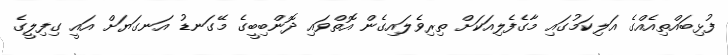
ފުޅިބައްތިއެއްގެ އަލިކަމުގައި މާގެފެލިއަކަށް ތިރިވެލައިގެން އޮތްވައި ދޮންބިބީގެ މޭގަނޑު އަނގަޔަށް އައީ ގިފިލީގެ